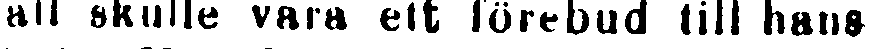
fall skulle vara ett förebud till hans